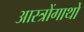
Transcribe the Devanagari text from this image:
आस्त्रोंगाथों